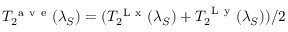
T _ { 2 } ^ { \mathrm { ~ a ~ v ~ e ~ } } ( \lambda _ { S } ) = ( T _ { 2 } ^ { \mathrm { ~ L ~ x ~ } } ( \lambda _ { S } ) + T _ { 2 } ^ { \mathrm { ~ L ~ y ~ } } ( \lambda _ { S } ) ) / 2